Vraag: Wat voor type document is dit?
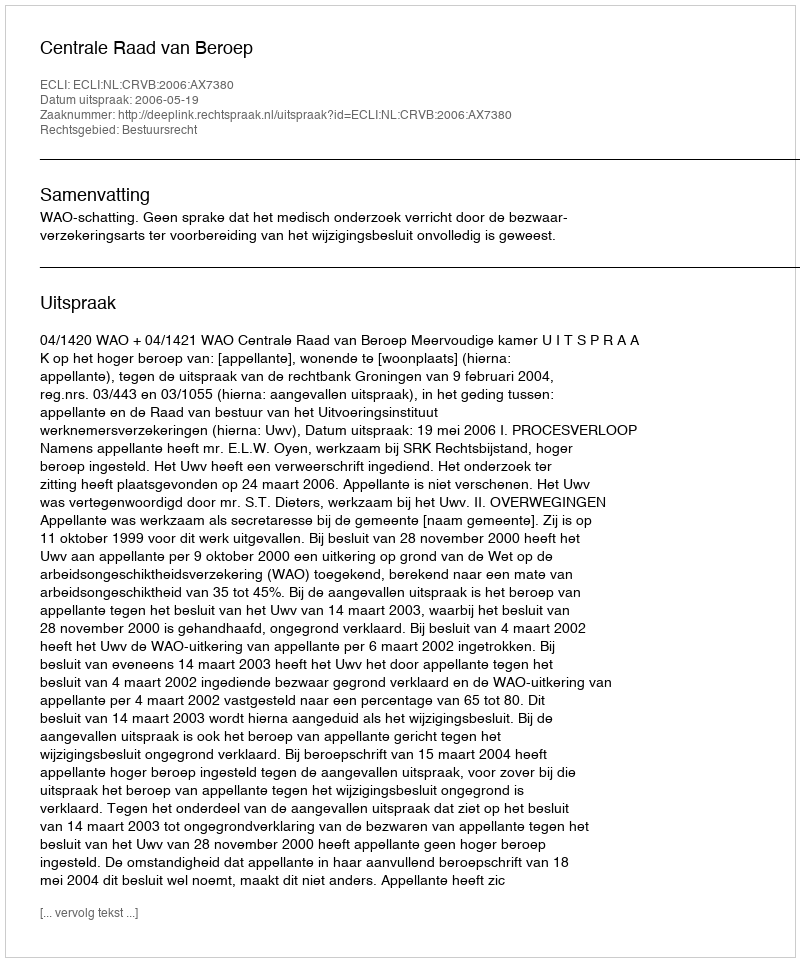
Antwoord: Uitspraak